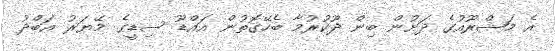
އެ މަޝްރޫއުގެ ދަށުން ބިން ދޫކުރުމާ ބެހޭގޮތުން އައްޑޫ ސިޑީގެ މޭޔަރު އަބްދު